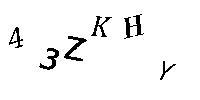
43ZKHY